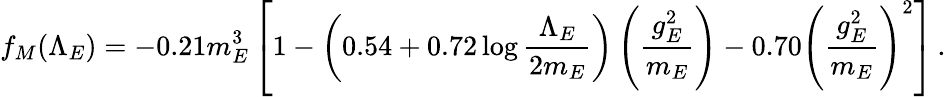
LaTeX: f_{M}(\Lambda_{E})=-0.21m_{E}^{3}\left[1-\left(0.54+0.72\log{\frac{\Lambda_{E}}{2m_{E}}}\right)\left({\frac{g_{E}^{2}}{m_{E}}}\right)-0.70\left({\frac{g_{E}^{2}}{m_{E}}}\right)^{2}\right]\, .